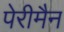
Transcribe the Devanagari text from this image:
पेरीमैन